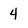
Character: 4